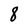
Character: 8